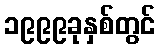
၁၉၉၉ခုနှစ်တွင်